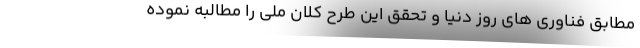
مطابق فناوری های روز دنیا و تحقق این طرح کلان ملی را مطالبه نموده